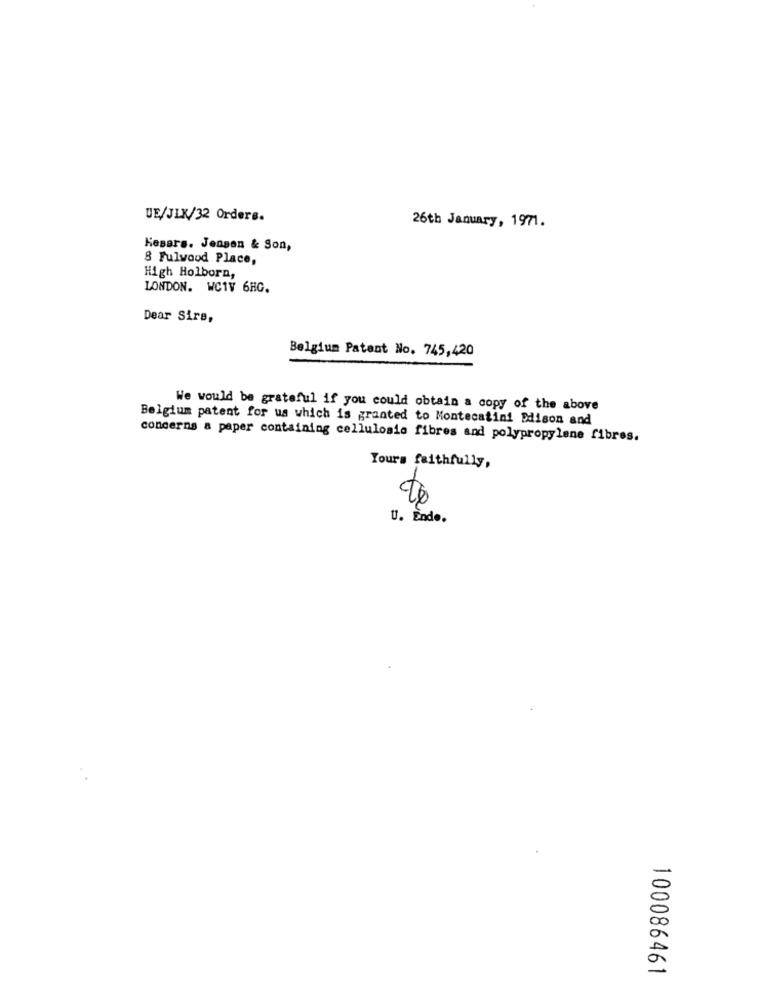
UE/JLX/32 Orders.
26th January, 1971.
Kesars. Jensen & Son,
8 Fulwood Place,
High Holborn,
LONDON. WC1V 6HG.
Dear Sire,
Belgium Patent No. 745,420
We would be grateful if you could obtain a copy of the above
Belgium patent for us which is granted to Montecatini Edison and
concerns a paper containing cellulosio fibres and polypropylene fibres.
Yours faithfully,
U. Ende.
100086461